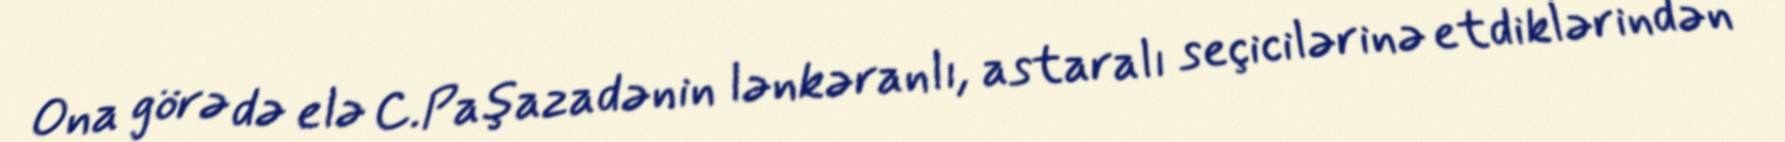
Ona görə də elə C.Paşazadənin lənkəranlı, astaralı seçicilərinə etdiklərindən